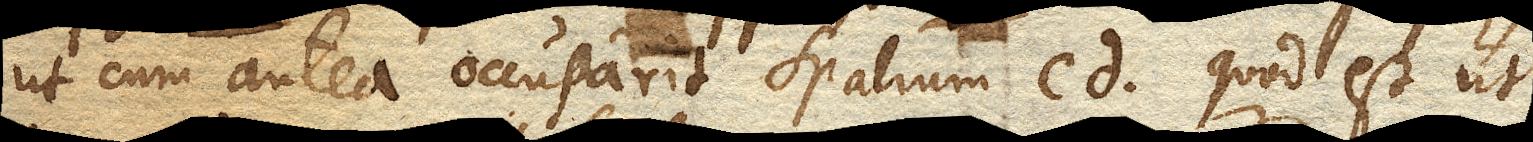
ut cum antea occupavit spatium cd. quod est ut